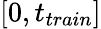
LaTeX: [0,t_{train}]